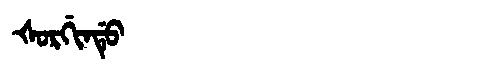
Manchu: ᡧᠣᡵᡤᡳᠨᡩᡠ
Romanization: ŠORGINDU